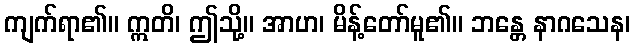
ကျက်ရာ၏။ ဣတိ၊ ဤသို့။ အာဟ၊ မိန့်တော်မူ၏။ ဘန္တေ နာဂသေန၊